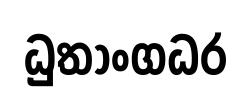
ධුතාංගධර